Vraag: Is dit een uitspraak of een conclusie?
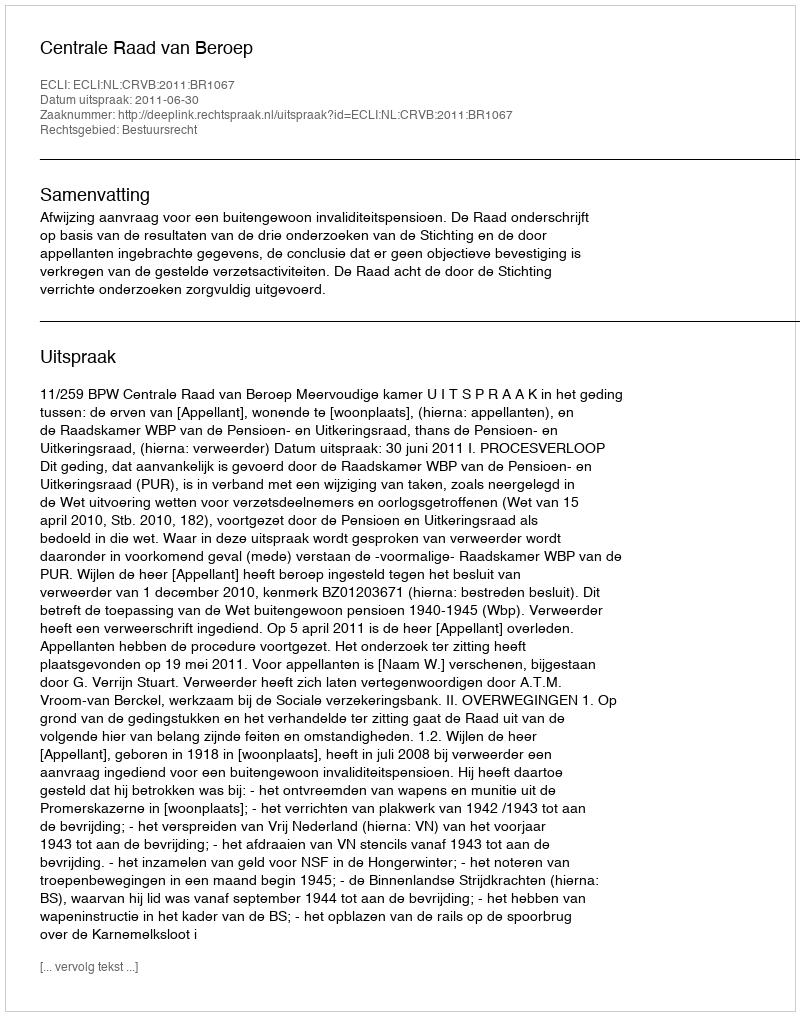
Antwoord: Uitspraak